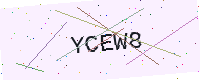
Text: YCEW8